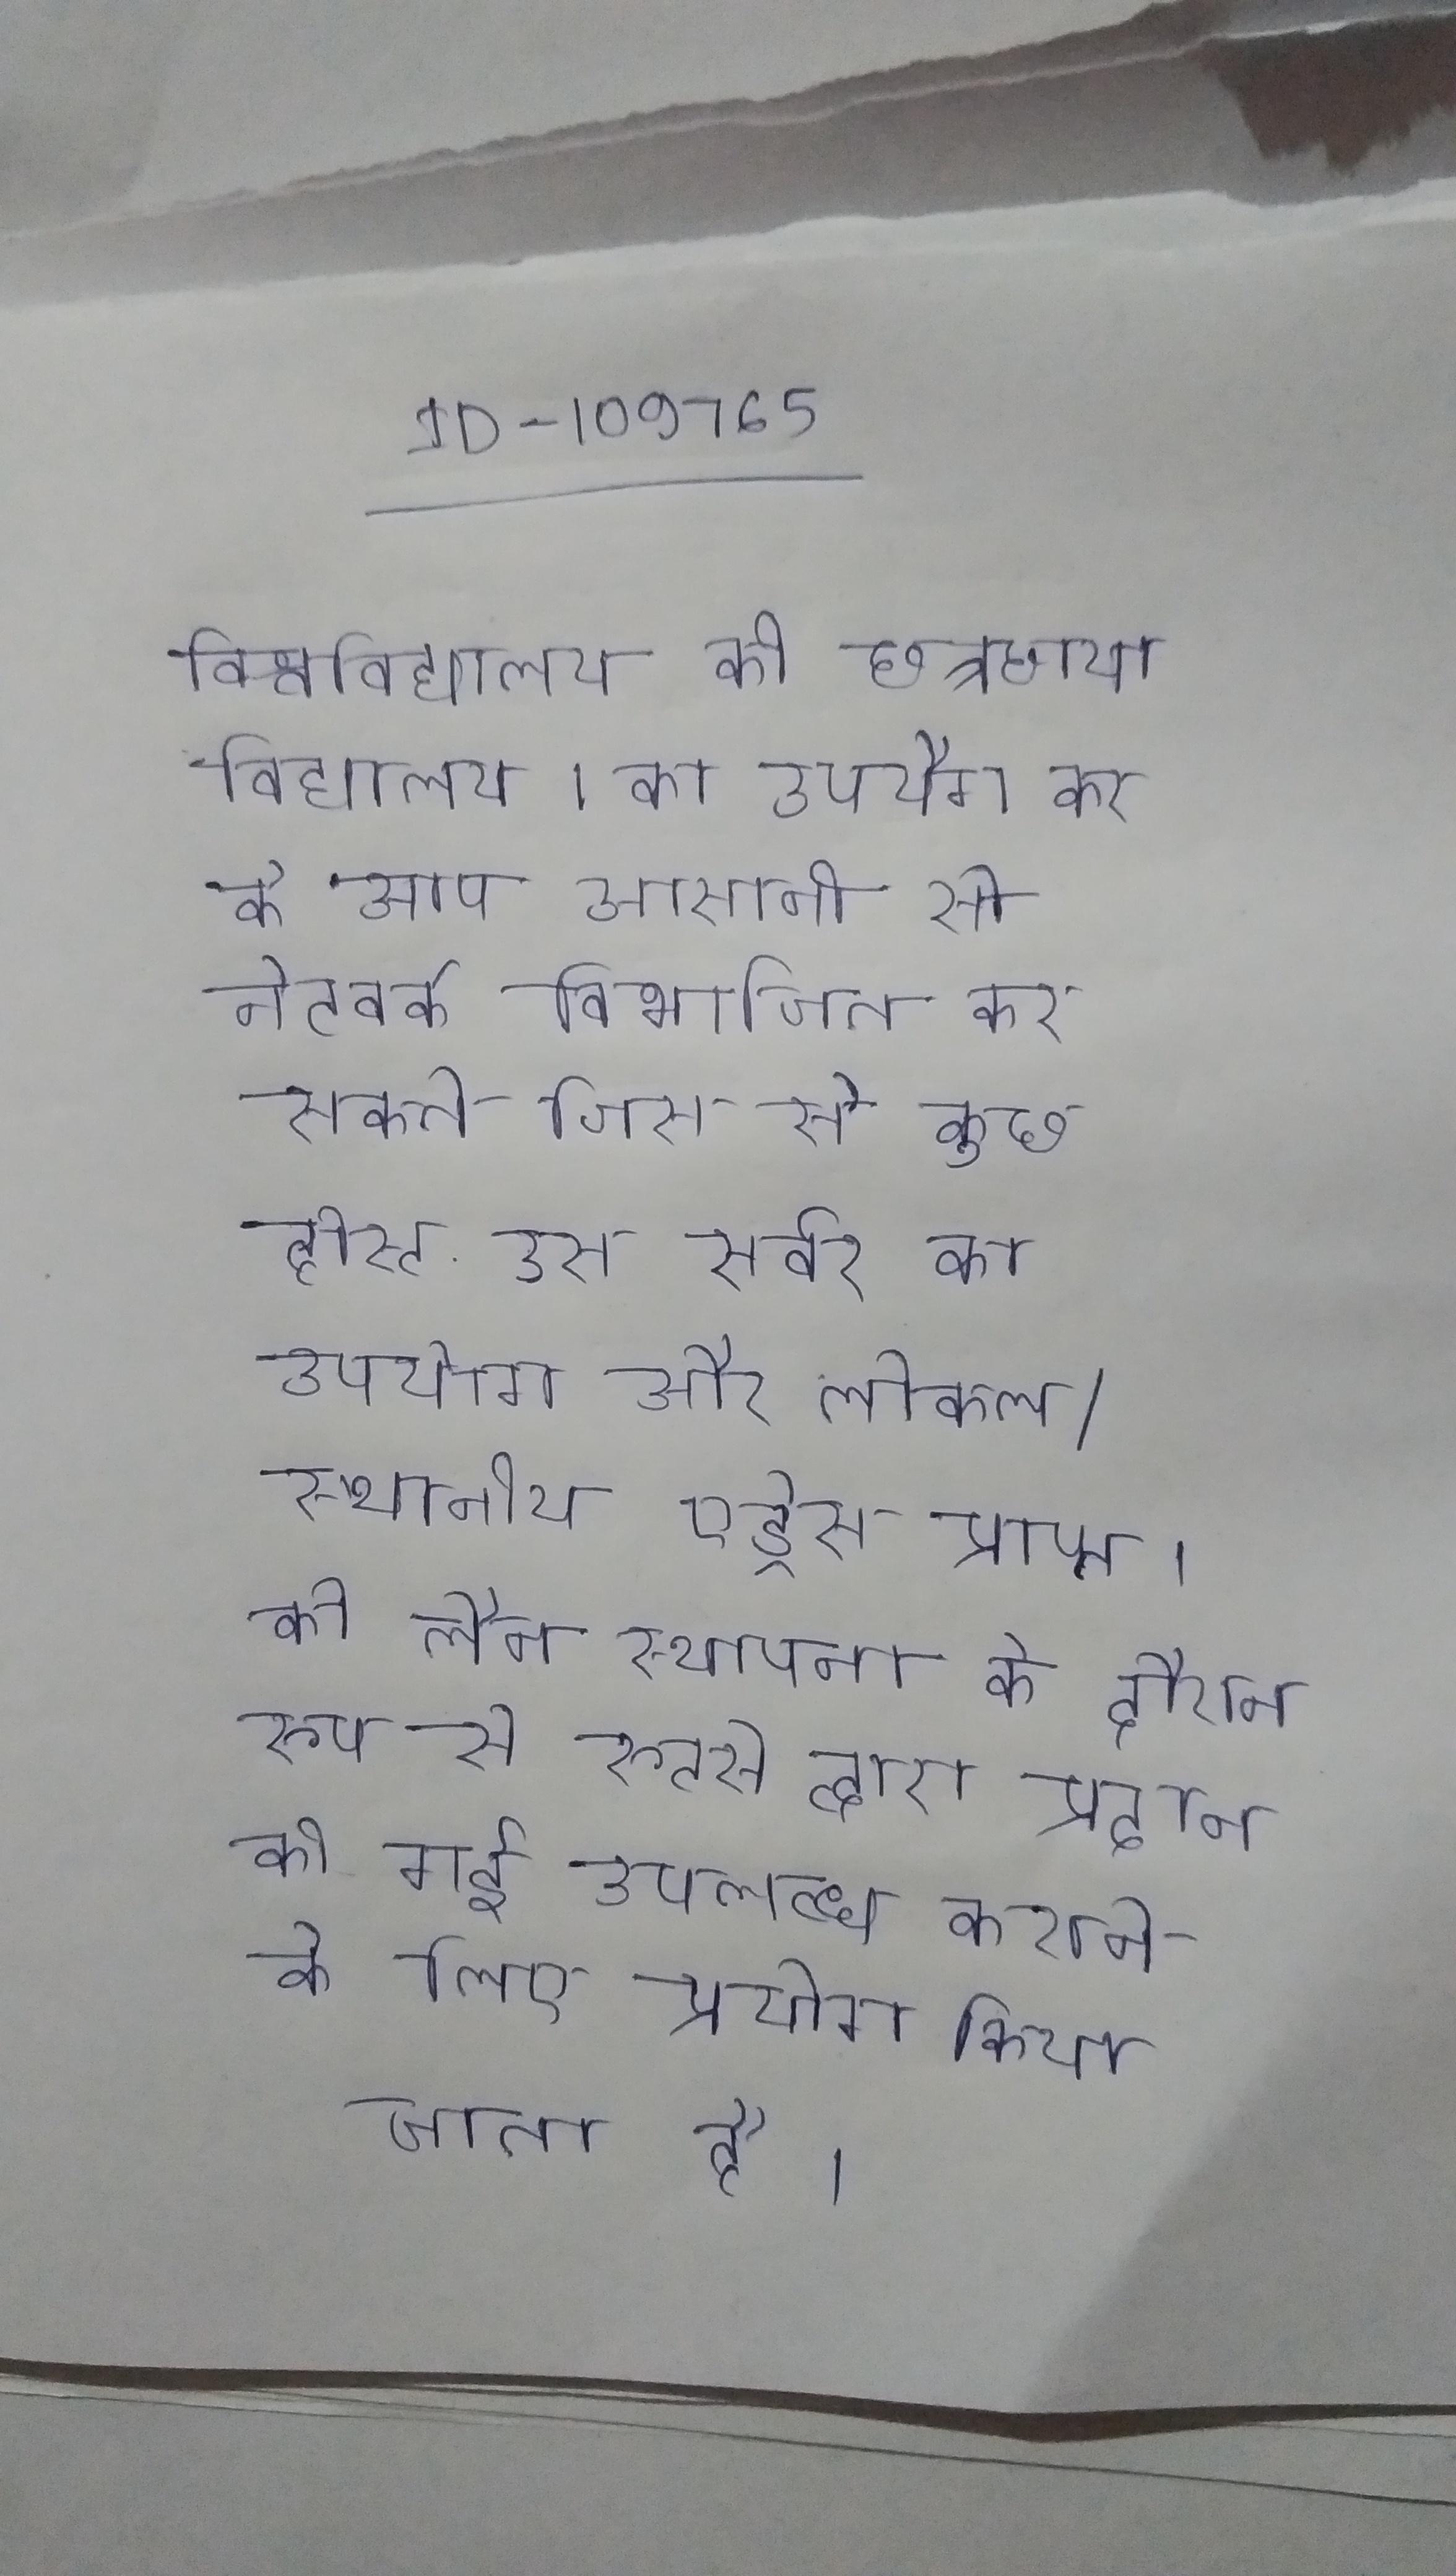
विश्वविद्यालय की छत्रछाया विद्यालय । का उपयोग कर के आप आसानी से नेटवर्क विभाजित कर सकते जिस से कुछ होस्ट उस सर्वर का उपयोग और लोकल/स्थानीय एड्रेस प्राप्त । को लैन स्थापना के दौरान रूप से रूटर्स द्वारा प्रदान की गई उपलब्ध कराने के लिए प्रयोग किया जाता है ।